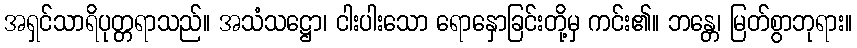
အရှင်သာရိပုတ္တရာသည်။ အသံသဋ္ဌော၊ ငါးပါးသော ရောနှောခြင်းတို့မှ ကင်း၏။ ဘန္တေ၊ မြတ်စွာဘုရား။